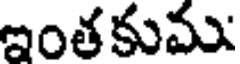
ఇంతకుము